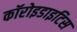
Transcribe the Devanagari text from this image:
कॉरोइडाइटिस